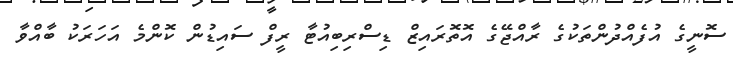
ސޮނީގެ އުފެއްދުންތަކުގެ ރާއްޖޭގެ އޮތޮރައިޒް ޑިސްރިބިއުޓާ ރީފް ސައިޑުން ކޮންމެ އަހަރަކު ބާއްވާ